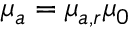
\mu _ { a } = \mu _ { a , r } \mu _ { 0 }